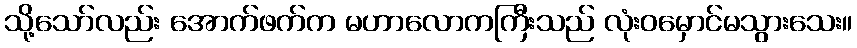
သို့သော်လည်း အောက်ဖက်က မဟာလောကကြီးသည် လုံးဝမှောင်မသွားသေး။